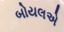
બોયલએ